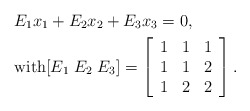
\begin{align*}&E_1 x_1 +E_2 x_2 + E_3 x_3 =0, \\&\mbox{with} [E_1 \; E_2\; E_3]=\left[\begin{array}{lll}1 & 1 & 1\\1 & 1 & 2\\1 & 2 & 2\end{array}\right].\end{align*}